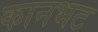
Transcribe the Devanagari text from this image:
कानभट